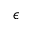
\epsilon